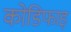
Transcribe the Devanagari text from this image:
कोडिफाइ